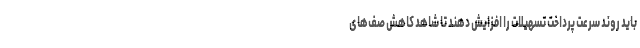
باید روند سرعت پرداخت تسهیلات را افزایش دهند تا شاهد کاهش صف‌های